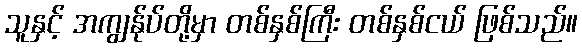
သူနှင့် အကျွန်ုပ်တို့မှာ တစ်နှစ်ကြီး တစ်နှစ်ငယ် ဖြစ်သည်။